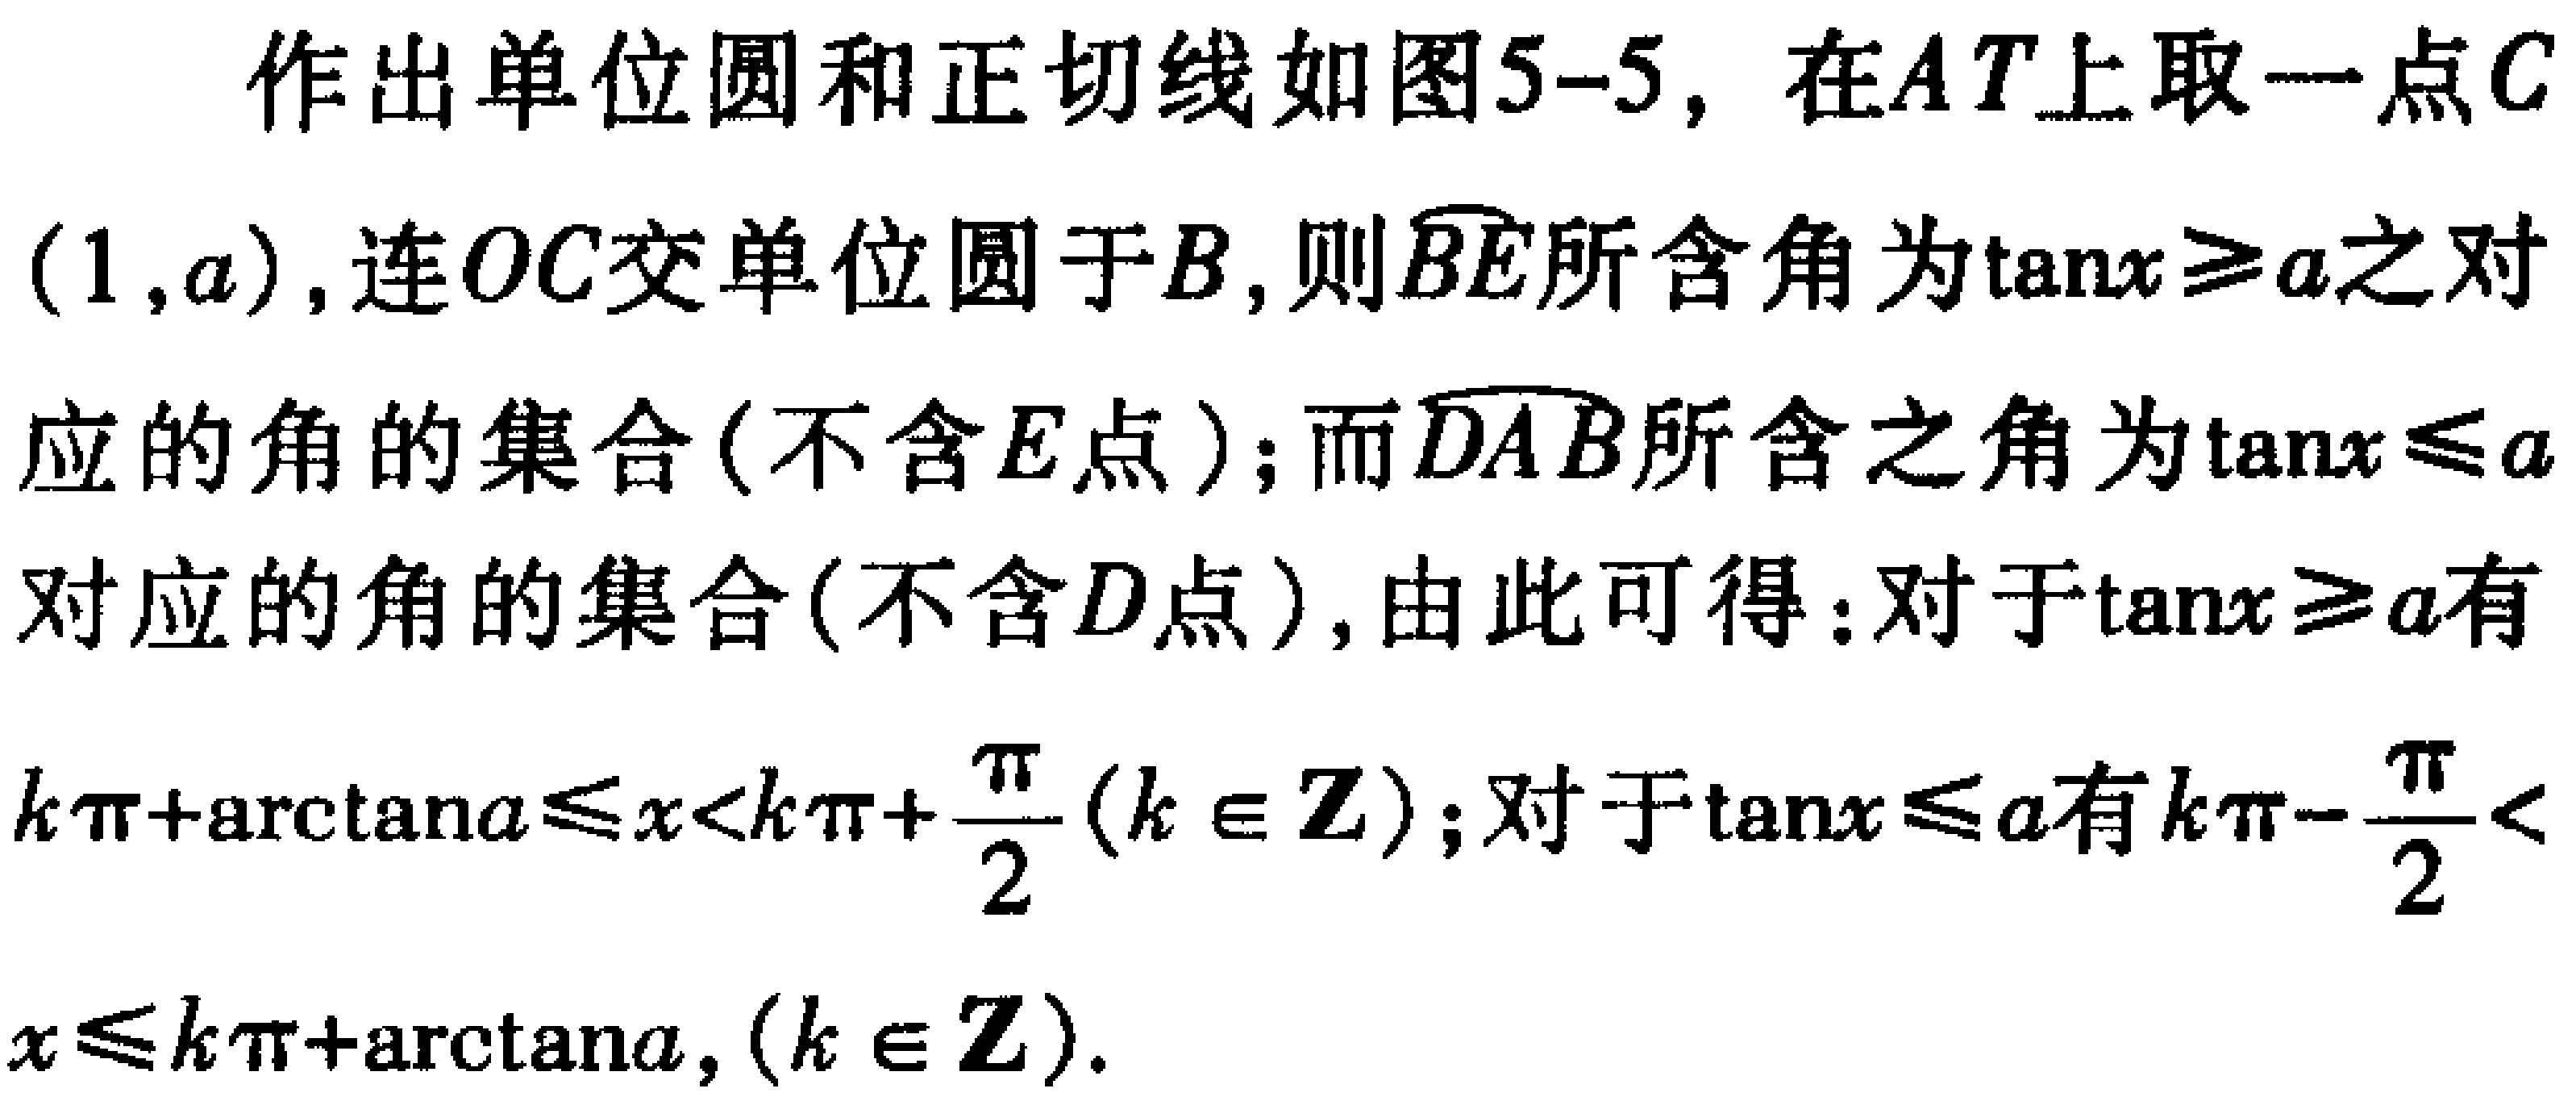
作出单位圆和正切线如图5-5，在\(AT\)上取一点\(C\)
\((1,a)\)，连\(OC\)交单位圆于\(B\)，则\(\overset{\frown}{BE}\)所含角为\(\tan x\geq a\)之对
应的角的集合(不含\(E\)点)；而\(\overset{\frown}{DAB}\)所含之角为\(\tan x\leq a\)
对应的角的集合(不含\(D\)点)，由此可得：对于\(\tan x\geq a\)有
\(k\pi+\arctan a\leq x<k\pi+\frac{\pi}{2}(k\in\mathbf{Z})\)；对于\(\tan x\leq a\)有\(k\pi - \frac{\pi}{2}<\)
\(x\leq k\pi+\arctan a,(k\in\mathbf{Z})\).